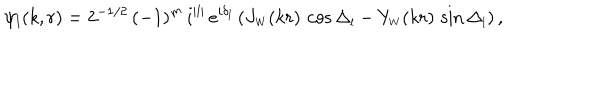
LaTeX: \psi _ { l } ( k , r ) = 2 ^ { - 1 / 2 } \, ( - 1 ) ^ { m } \, i ^ { | l | } \, e ^ { i \delta _ { l } } \, ( J _ { \scriptscriptstyle { W } } ( k r ) \, \cos \Delta _ { \scriptscriptstyle { l } } - Y _ { \scriptscriptstyle { W } } ( k r ) \, \sin \Delta _ { \scriptscriptstyle { l } } ) \, ,